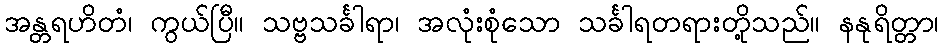
အန္တရဟိတံ၊ ကွယ်ပြီ။ သဗ္ဗသင်္ခါရာ၊ အလုံးစုံသော သင်္ခါရတရားတို့သည်။ နနုရိတ္တာ၊